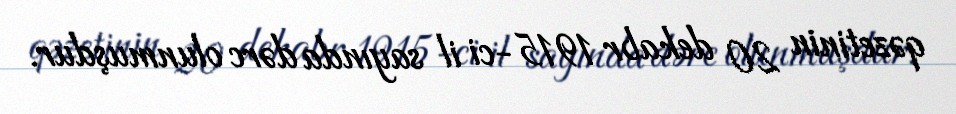
qəzetinin 20 dekabr 1915-ci il sayında dərc olunmuşdur.